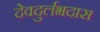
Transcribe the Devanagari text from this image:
देवदुर्लभदास